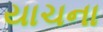
યાચના